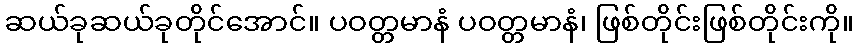
ဆယ်ခုဆယ်ခုတိုင်အောင်။ ပဝတ္တမာနံ ပဝတ္တမာနံ၊ ဖြစ်တိုင်းဖြစ်တိုင်းကို။